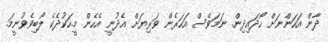
ދާން އަހަންނަށް ހޯދައިދިން. ނަމަވެސް އަހަރެން ވަރިޔަށް އެދުނީ އެހެން މީ.ހަކުދެކެ ލޯބިވެވުނީމަ.